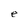
Character: e